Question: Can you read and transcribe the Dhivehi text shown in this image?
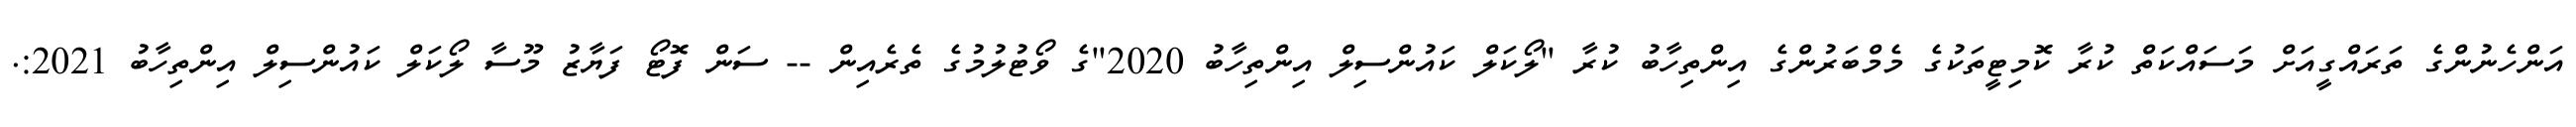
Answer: އަންހެނުންގެ ތަރައްގީއަށް މަސައްކަތް ކުރާ ކޮމިޓީތަކުގެ މެމްބަރުންގެ އިންތިހާބު ކުރާ "ލޯކަލް ކައުންސިލް އިންތިހާބު 2020"ގެ ވޯޓުލުމުގެ ތެރެއިން -- ސަން ފޮޓޯ ފަޔާޒު މޫސާ ލޯކަލް ކައުންސިލް އިންތިހާބު 2021:.